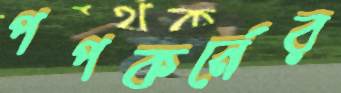
পপকর্নের